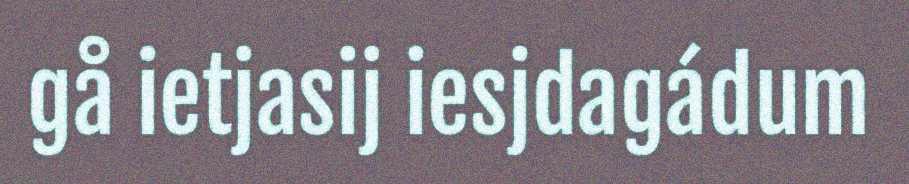
gå ietjasij iesjdagádum